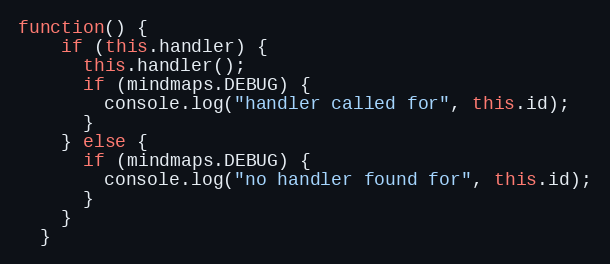
Language: JavaScript
function() {
    if (this.handler) {
      this.handler();
      if (mindmaps.DEBUG) {
        console.log("handler called for", this.id);
      }
    } else {
      if (mindmaps.DEBUG) {
        console.log("no handler found for", this.id);
      }
    }
  }